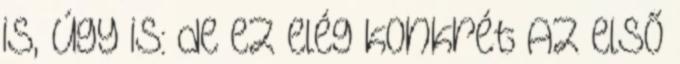
is, úgy is: de ez elég konkrét Az első